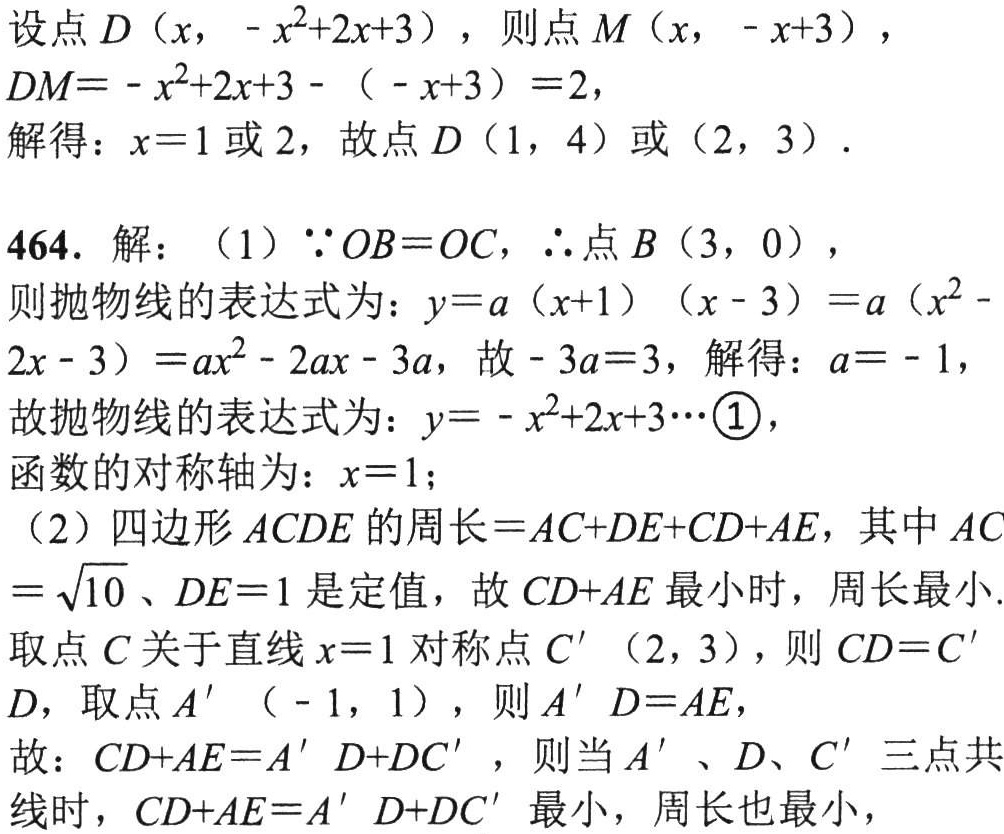
设点 \(D(x, -x^{2}+2x + 3)\)，则点 \(M(x, -x + 3)\)，
\(DM=-x^{2}+2x + 3-(-x + 3)=2\)，
解得：\(x = 1\) 或 \(2\)，故点 \(D(1,4)\) 或 \((2,3)\).
464. 解：（1）\(\because OB = OC\)，\(\therefore\)点 \(B(3,0)\)，
则抛物线的表达式为：\(y = a(x + 1)(x - 3)=a(x^{2}-2x - 3)=ax^{2}-2ax - 3a\)，故 \(-3a = 3\)，解得：\(a = - 1\)，
故抛物线的表达式为：\(y=-x^{2}+2x + 3\cdots\textcircled{1}\)，
函数的对称轴为：\(x = 1\)；
（2）四边形 \(ACDE\) 的周长 \(=AC + DE+CD + AE\)，其中 \(AC=\sqrt{10}\)、\(DE = 1\) 是定值，故 \(CD + AE\) 最小时，周长最小.
取点 \(C\) 关于直线 \(x = 1\) 对称点 \(C'(2,3)\)，则 \(CD = C'D\)，取点 \(A'(-1,1)\)，则 \(A'D = AE\)，
故：\(CD + AE=A'D + DC'\)，则当 \(A'\)、\(D\)、\(C'\) 三点共线时，\(CD + AE=A'D + DC'\) 最小，周长也最小，